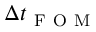
\Delta t _ { \mathrm { ~ F ~ O ~ M ~ } }